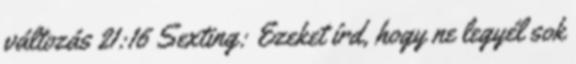
változás 21:16 Sexting: Ezeket írd, hogy ne legyél sok